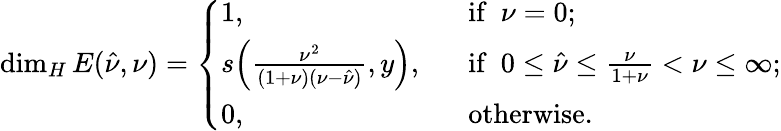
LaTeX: \dim_{H}E(\hat{\nu},\nu)=\left\{ \begin{array}{ll}{1,}&{\ \ \ \mathrm{if~}~\nu=0;}\\ {s\Big(\frac{\nu^{2}}{(1+\nu)(\nu-\hat{\nu})},{y}\Big),}&{\ \ \ \mathrm{if~}~0\le\hat{\nu}\le\frac{\nu}{1+\nu}<\nu\leq\infty;}\\ {0,}&{\ \ \ \mathrm{otherwise.}}\end{array}\right.